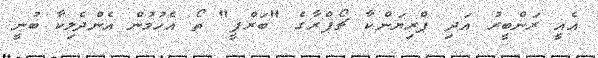
އެއީ ރަންބީރު އަދި ޕްރިޔަންކާ ޗޯޕްރާގެ "ބަރްފީ" ތޯ އެހުމުން އެންދެލިކާ ބުނީ